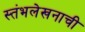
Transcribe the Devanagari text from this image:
स्तंभलेखनाची